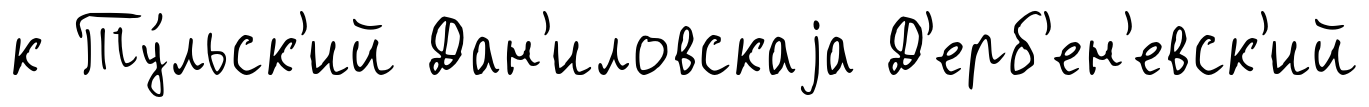
к Ту́льск'ий Дан'иловскаjа Д'ерб'ен'евск'ий